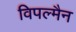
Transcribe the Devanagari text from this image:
विपल्मैन